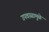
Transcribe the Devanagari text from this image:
उपवासामुळे